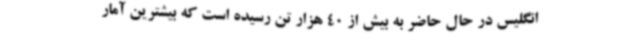
انگلیس در حال حاضر به بیش از 40 هزار تن رسیده است که بیشترین آمار